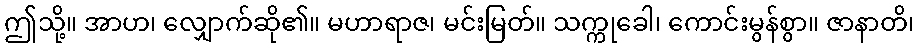
ဤသို့။ အာဟ၊ လျှောက်ဆို၏။ မဟာရာဇ၊ မင်းမြတ်။ သက္ကုခေါ၊ ကောင်းမွန်စွာ။ ဇာနာတိ၊